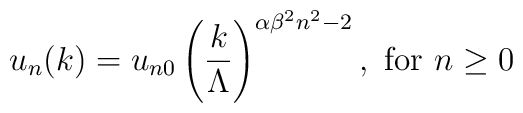
u_n(k)= u_{n0} \left({k\over \Lambda}\right)^{\alpha\beta^2 n^2-2},{\mbox {  for  }} n\ge 0